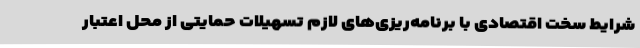
شرایط سخت اقتصادی با برنامه‌ریزی‌های لازم تسهیلات حمایتی از محل اعتبار